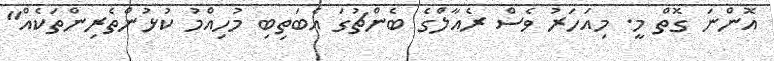
އޮންނަ ގޮތް މީ. މިއަހަރު ވެސް ރެއާލްގެ ބެންޗުގަ އެބަތިބި މުހިއްމު ކުޅުންތެރިންތަކެއް"